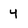
Character: 4